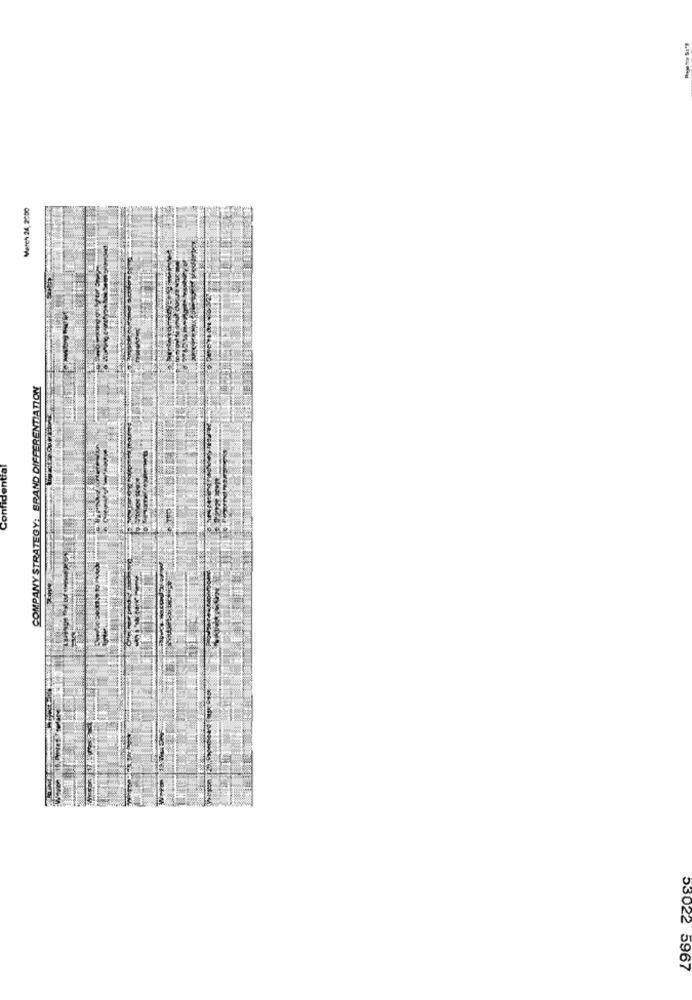
COMPANY STRATEGY: BRAND DIFFERENTIATION
Confidential
53022 5967